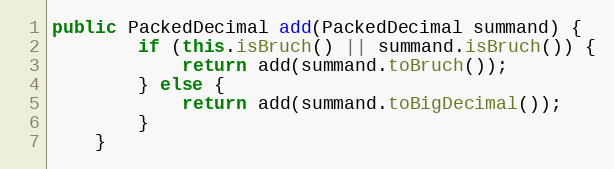
Language: Java
public PackedDecimal add(PackedDecimal summand) {
        if (this.isBruch() || summand.isBruch()) {
            return add(summand.toBruch());
        } else {
            return add(summand.toBigDecimal());
        }
    }